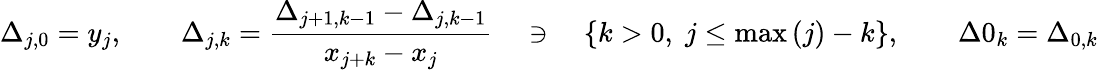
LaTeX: \Delta_{j,0}=y_{j},\qquad\Delta_{j,k}={\frac{\Delta_{j+1,k-1}-\Delta_{j,k-1}}{x_{j+k}-x_{j}}}\quad\ni\quad\left\{ k>0,\; j\leq\operatorname*{max}\left(j\right)-k\right\} ,\qquad\Delta 0_{k}=\Delta_{0,k}